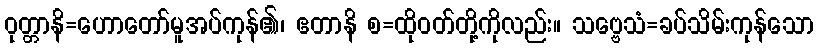
ဝုတ္တာနိ=ဟောတော်မူအပ်ကုန်၏၊ ဧတာနိ စ=ထိုဝတ်တို့ကိုလည်း။ သဗ္ဗေသံ=ခပ်သိမ်းကုန်သော